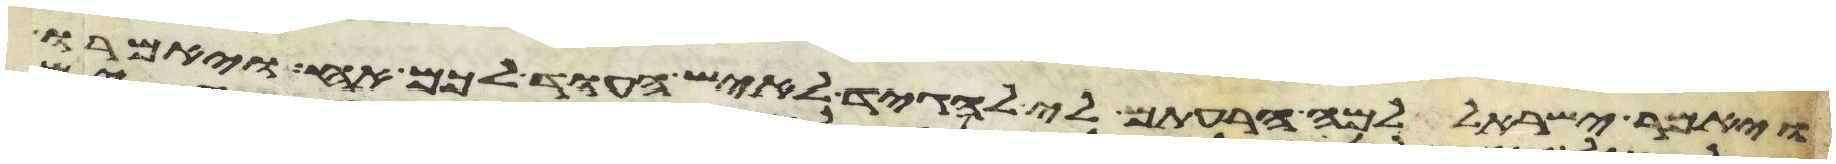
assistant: ויאמר ישראל למה הרעתם לי להגיד לאיש העוד לכם אח ויאמרו